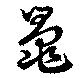
鼂